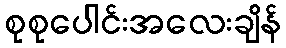
စုစုပေါင်းအလေးချိန်